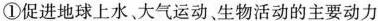
①促进地球上水、大气运动、生物活动的主要动力